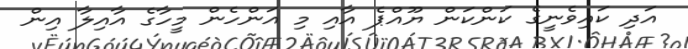
އަދި ކައިވެނީގެ ކަންކަން ޔޫއްޕެ އާއި މި އަންހެން މީހާގެ އާއިލާ އިން